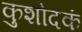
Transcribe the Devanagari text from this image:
कुशोदकं